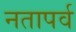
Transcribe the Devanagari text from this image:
नतापर्व